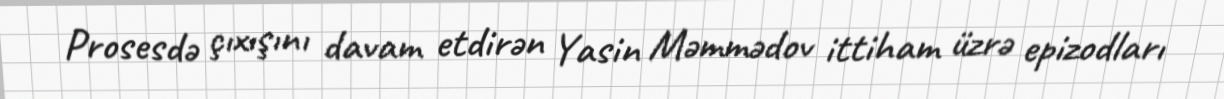
Prosesdə çıxışını davam etdirən Yasin Məmmədov ittiham üzrə epizodları